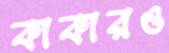
কাকারও